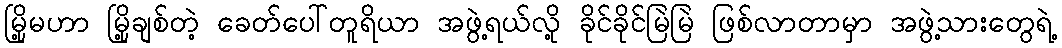
မြို့မဟာ မြို့ချစ်တဲ့ ခေတ်ပေါ်တူရိယာ အဖွဲ့ရယ်လို့ ခိုင်ခိုင်မြဲမြဲ ဖြစ်လာတာမှာ အဖွဲ့သားတွေရဲ့